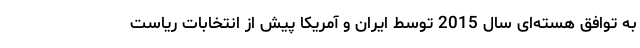
به توافق هسته‌ای سال 2015 توسط ایران و آمریکا پیش از انتخابات ریاست